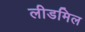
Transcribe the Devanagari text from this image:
लीडमिल